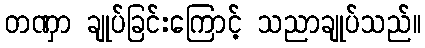
တဏှာ ချုပ်ခြင်းကြောင့် သညာချုပ်သည်။